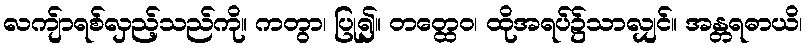
လကျ်ာရစ်လှည့်သည်ကို။ ကတွာ၊ ပြု၍။ တတ္ထေဝ၊ ထိုအရပ်၌သာလျှင်။ အန္တရဓာယိ၊